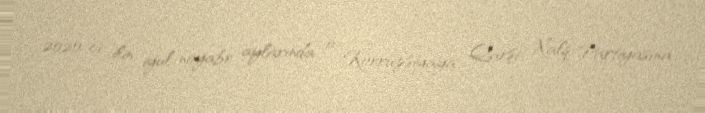
2020-ci ilin iyul-noyabr aylarında o, Korrupsiyaya Qarşı Xalq Partiyasına